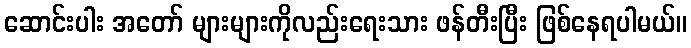
ဆောင်းပါး အတော် များများကိုလည်းရေးသား ဖန်တီးပြီး ဖြစ်နေရပါမယ်။